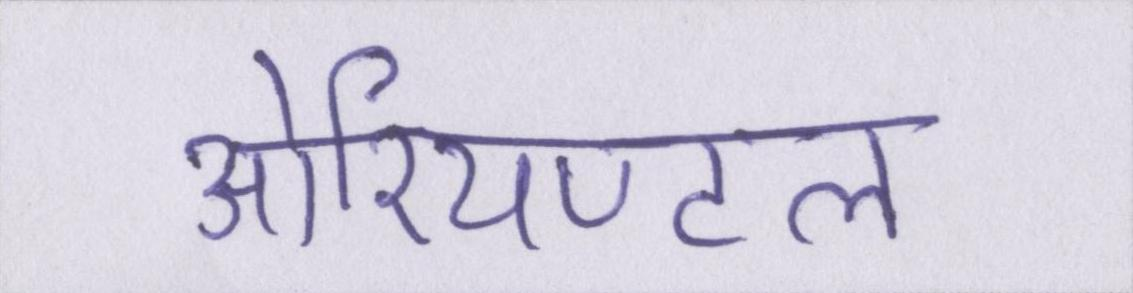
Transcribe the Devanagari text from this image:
ओरियण्टल